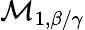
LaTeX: \mathcal{M}_{1,\beta/\gamma}